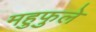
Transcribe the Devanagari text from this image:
महुफुले